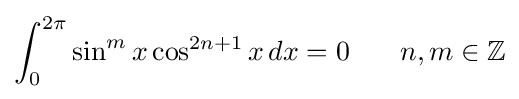
\int _{0}^{2\pi }\sin ^{m}{x}\cos ^{2n+1}{x}\,dx=0\!\qquad n,m\in \mathbb {Z}